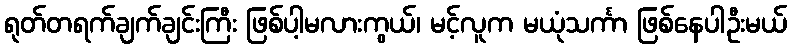
ရုတ်တရက်ချက်ချင်းကြီး ဖြစ်ပါ့မလားကွယ်၊ မင့်လူက မယုံသင်္ကာ ဖြစ်နေပါဦးမယ်